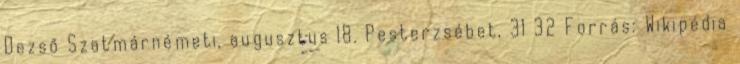
Dezső Szatmárnémeti, augusztus 18. Pesterzsébet, 31 32 Forrás: Wikipédia